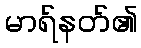
မာရ်နတ်၏